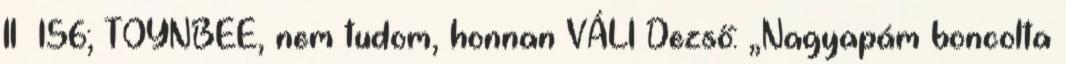
II 156; TOYNBEE, nem tudom, honnan VÁLI Dezső: „Nagyapám boncolta